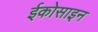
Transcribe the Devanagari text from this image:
ईकोसाइन